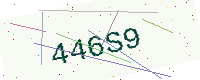
Text: 446S9